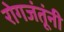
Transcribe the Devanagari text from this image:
रोगजंतूंनी